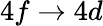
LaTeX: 4f\rightarrow 4d